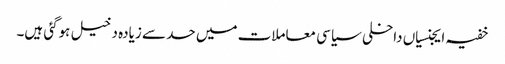
خفیہ ایجنسیاں داخلی سیاسی معاملات میں حد سے زیادہ دخیل ہوگئی ہیں۔